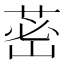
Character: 𦰷